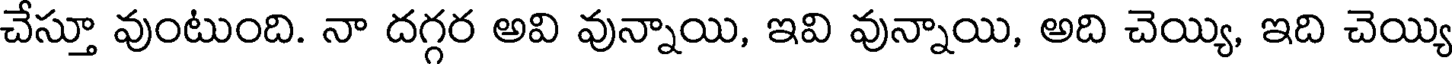
చేస్తూ వుంటుంది. నా దగ్గర అవి వున్నాయి, ఇవి వున్నాయి, అది చెయ్యి, ఇది చెయ్యి